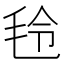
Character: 𣭔